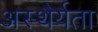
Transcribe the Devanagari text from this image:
अस्थैर्यता